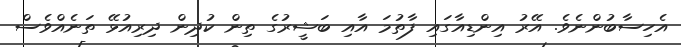
އެހިސާބުންނެވެ. އޭރު އިންޑިއާގައި ފާތުމަ އާއި ބަޝީރުގެ ތިން ކުދިން ދިރިއުޅޭ ތަނެއްވެސް